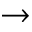
\to